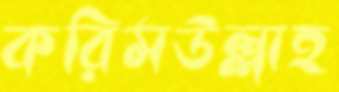
করিমউল্লাহ